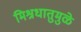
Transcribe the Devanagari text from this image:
मिश्रधातुमुळे